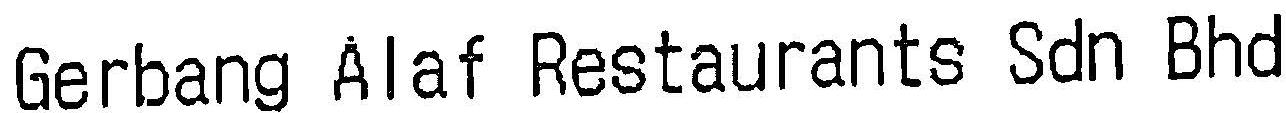
GERBANG ALAF RESTAURANTS SDN BHD